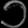
Digit: ၁